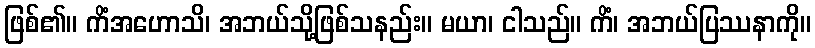
ဖြစ်၏။ ကိံအဟောသိ၊ အဘယ်သို့ဖြစ်သနည်း။ မယာ၊ ငါသည်။ ကိံ၊ အဘယ်ပြဿနာကို။